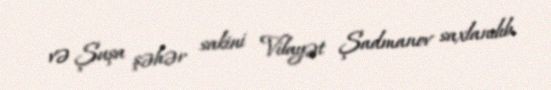
və Şuşa şəhər sakini Vilayət Şadmanov saxlanılıb.